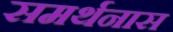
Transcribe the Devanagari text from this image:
समर्थनास